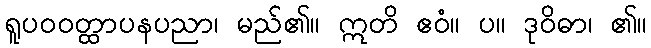
ရူပဝဝတ္ထာပနပညာ၊ မည်၏။ ဣတိ ဧဝံ။ ပ။ ဒုဝိဓာ၊ ၏။